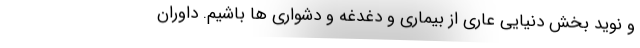
و نوید بخش دنیایی عاری از بیماری و دغدغه و دشواری ها باشیم. داوران